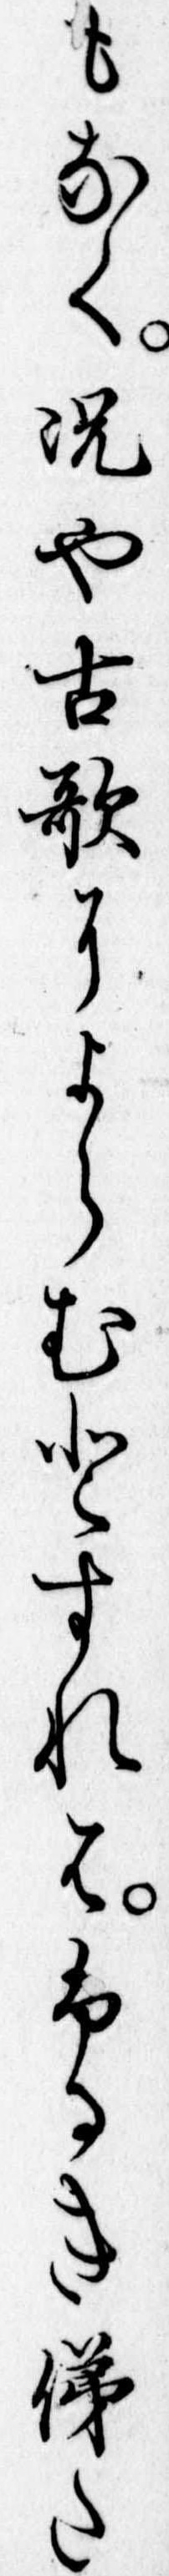
もなく況や古歌によらむとすれはふるき俤た